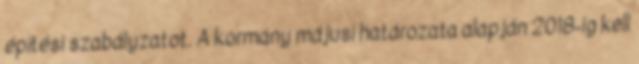
építési szabályzatot. A kormány májusi határozata alapján 2018-ig kell